Malaria in the Duars
Disease focus: Malaria
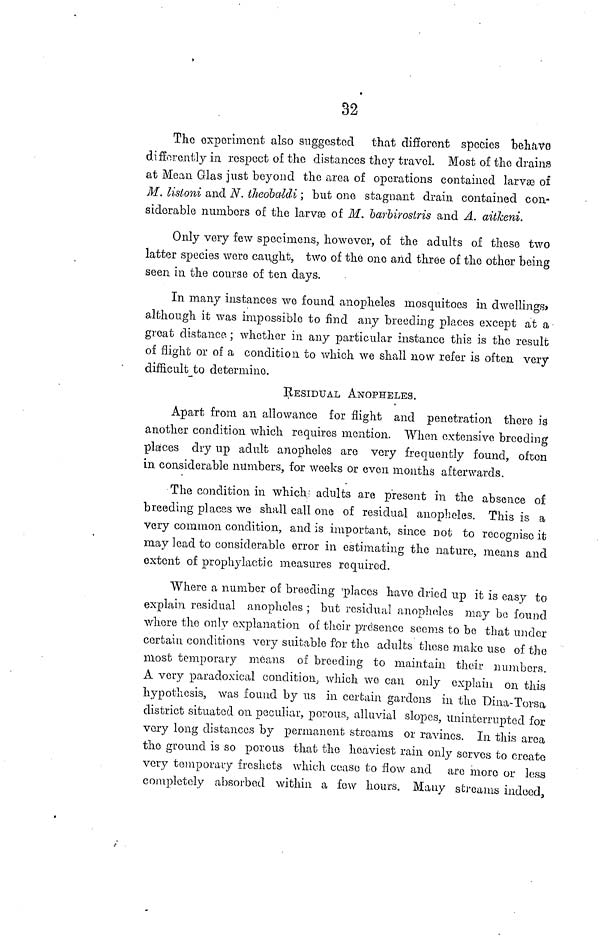
32
The experiment also suggested that different species behave
differently in respect of the distances they travel. Most of the drains
at Mean Glas just beyond the area of operations contained larvæ of
M. listoni and N. theoba-ldi ; but one stagnant drain contained con-
siderable numbers of the larvæ of M. barbirostris and A. aitkeni.
Only very few specimens, however, of the adults of these two
latter species were caught, two of the one and three of the other being
seen in the course of ten days.
In many instances we found anopheles mosquitoes in dwellings'
although it was impossible to find any breeding places except at a
great distance ; whether in any particular instance this is the result
of flight or of a condition to which we shall now refer is often very
difficult to determine.
RESIDUAL ANOPHELES.
Apart from an allowance for flight and penetration there is
another condition which requires mention. When extensive breeding
places dry up adult anopheles are very frequently found, often
in considerable numbers, for weeks or even months afterwards.
The condition in which adults are present in the absence of
breeding places we shall call one of residual anopheles. This is a
very common condition, and is important, since not to recognise it
may lead to considerable error in estimating the nature, means and
extent of prophylactic measures required.
Where a number of breeding 'places have dried up it is easy to
explain residual anopheles ; but residual anopheles may be found
where the only explanation of their prdsènce seems to be that under
certain conditions very suitable for the adults these make use of the
most temporary means of breeding to maintain their numbers.
A very paradoxical condition, which wo can only explain on this
hypothesis, was found by us in certain gardens in the Dina-Torsa
district situated on peculiar, porous, alluvial slopes, uninterrupted for
very long distances by permanent streams or ravines. In this area
the ground is so porous that the heaviest rain only servos to create
very temporary freshets which cease to flow and are more or less
completely absorbed within a few hours. Many streams indeed,